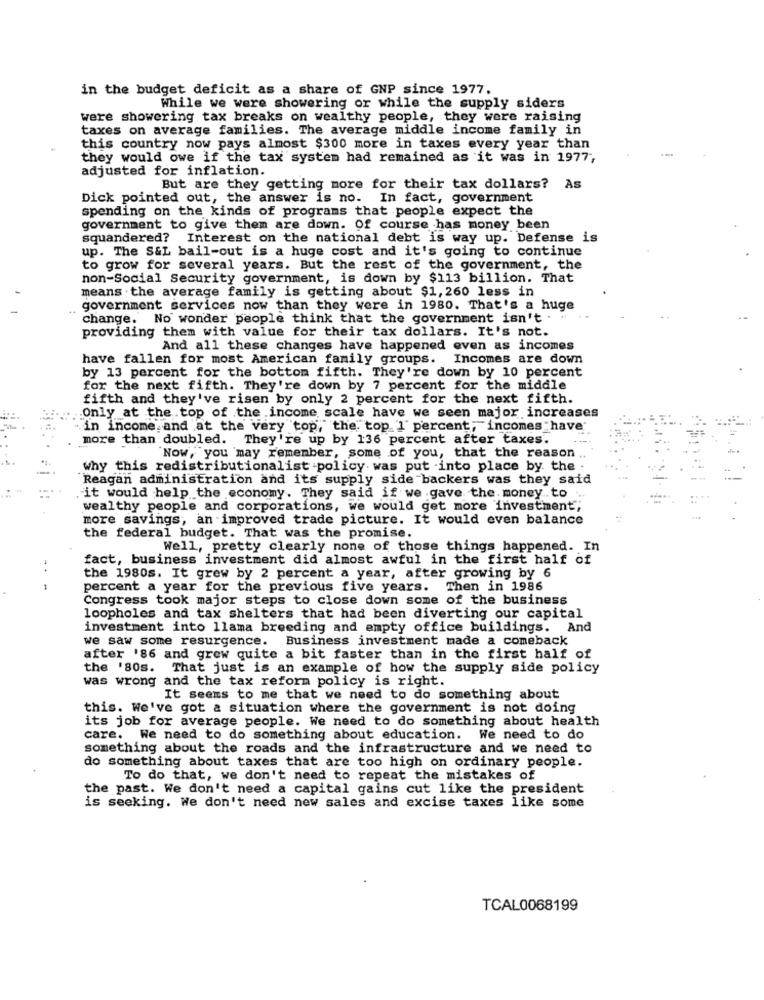
in the budget deficit as a share of GNP since 1977.
While we were showering or while the supply siders
were showering tax breaks on wealthy people, they were raising
taxes on average families. The average middle income family in
this country now pays almost $300 more in taxes every year than
they would owe if the tax system had remained as it was in 1977,
adjusted for inflation.
But are they getting more for their tax dollars? As
Dick pointed out, the answer is no. In fact, government
spending on the kinds of programs that people expect the
government to give them are down. Of course has money been
squandered? Interest on the national debt is way up. Defense is
up. The S&L bail-out is a huge cost and it's going to continue
to grow for several years. But the rest of the government, the
non-Social Security government, is down by $113 billion. That
means . the average family is getting about $1, 260 less in
government services now than they were in 1980. That's a huge
change. No wonder people think that the government isn't . "
providing them with value for their tax dollars. It's not.
And all these changes have happened even as incomes
have fallen for most American family groups. Incomes are down
by 13 percent for the bottom fifth. They're down by 10 percent
for the next fifth. They're down by 7 percent for the middle
fifth and they've risen by only 2 percent for the next fifth.
Only at the top of the income scale have we seen major increases
in income and at the very top,"the top 1 percent, incomes have'
more than doubled. They're up by 136 percent after taxes.
"Now, you may remember, some of you, that the reason
why this redistributionalist policy was put into place by the
Reagan administration and its supply side backers was they said
it would help the economy. They said if we gave the. money. to ..
wealthy people and corporations, we would get more investment;
more savings, an improved trade picture. It would even balance
the federal budget. That was the promise.
Well, pretty clearly none of those things happened. In
fact, business investment did almost awful in the first half of
..
the 1980s. It grew by 2 percent a year, after growing by 6
percent a year for the previous five years. Then in 1986
Congress took major steps to close down some of the business
loopholes and tax shelters that had been diverting our capital
investment into llama breeding and empty office buildings. And
we saw some resurgence. Business investment made a comeback
after '86 and grew quite a bit faster than in the first half of
the '80s. That just is an example of how the supply side policy
was wrong and the tax reform policy is right.
It seems to me that we need to do something about
this. We've got a situation where the government is not doing
its job for average people. We need to do something about health
care. We need to do something about education. We need to do
something about the roads and the infrastructure and we need to
do something about taxes that are too high on ordinary people.
To do that, we don't need to repeat the mistakes of
the past. We don't need a capital gains cut like the president
is seeking. We don't need new sales and excise taxes like some
TCAL0068199